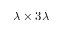
\lambda \times 3 \lambda